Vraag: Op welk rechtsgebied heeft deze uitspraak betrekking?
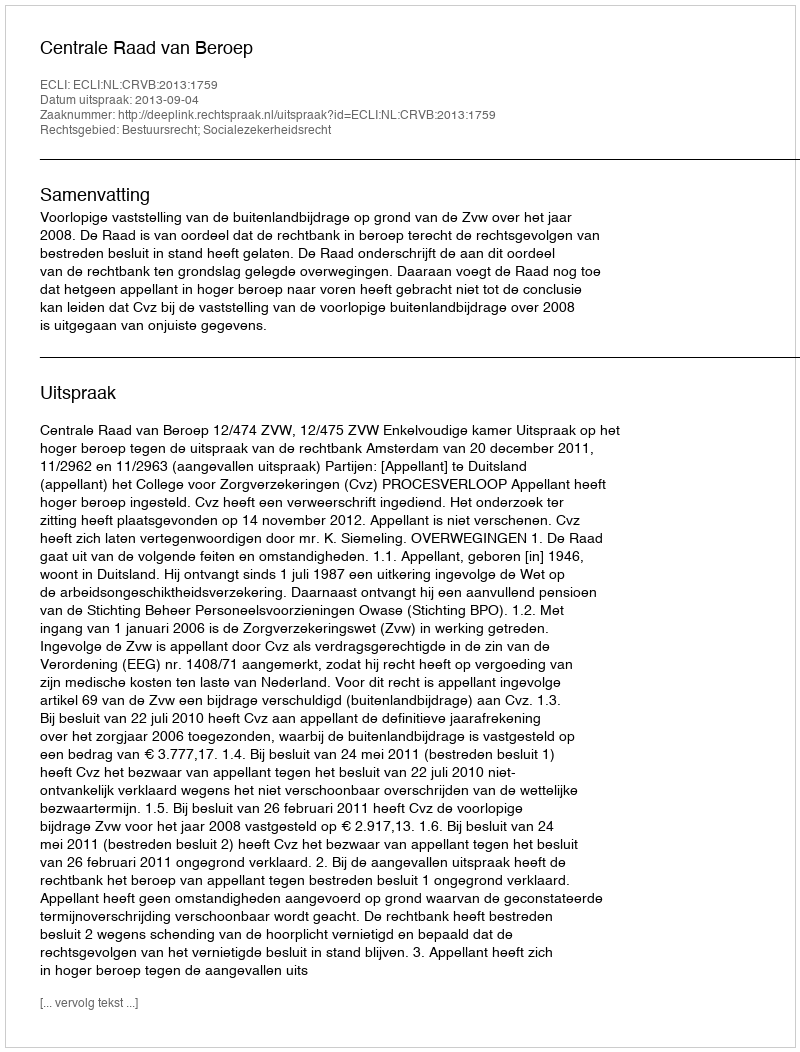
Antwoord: Bestuursrecht; Socialezekerheidsrecht